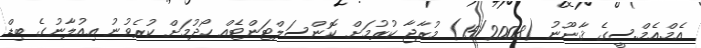
އެމް.އެމް.ސީގެ ޤާނޫނު (15/2008) މުރާޖާ ކުރުމަށް ކޮންސަލްޓަންޓެއް ހޯދުމަށް ކުރެވުނު އިއުލާނުގެ ބިޑް